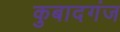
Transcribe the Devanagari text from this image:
कुबादगंज